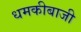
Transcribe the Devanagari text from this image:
धमकीबाजी